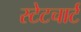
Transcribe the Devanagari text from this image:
स्टेटचार्ट